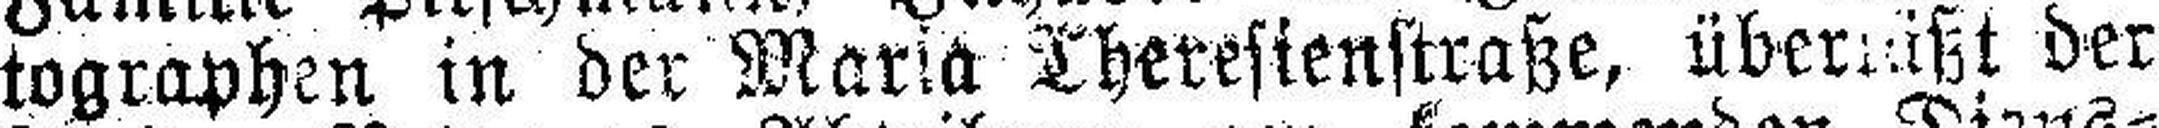
tographen in der Maria Theresienstraße, überläßt der